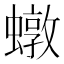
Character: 𧑒